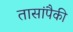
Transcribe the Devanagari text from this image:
तासांपैकी